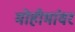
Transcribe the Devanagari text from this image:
मोहीमांवर